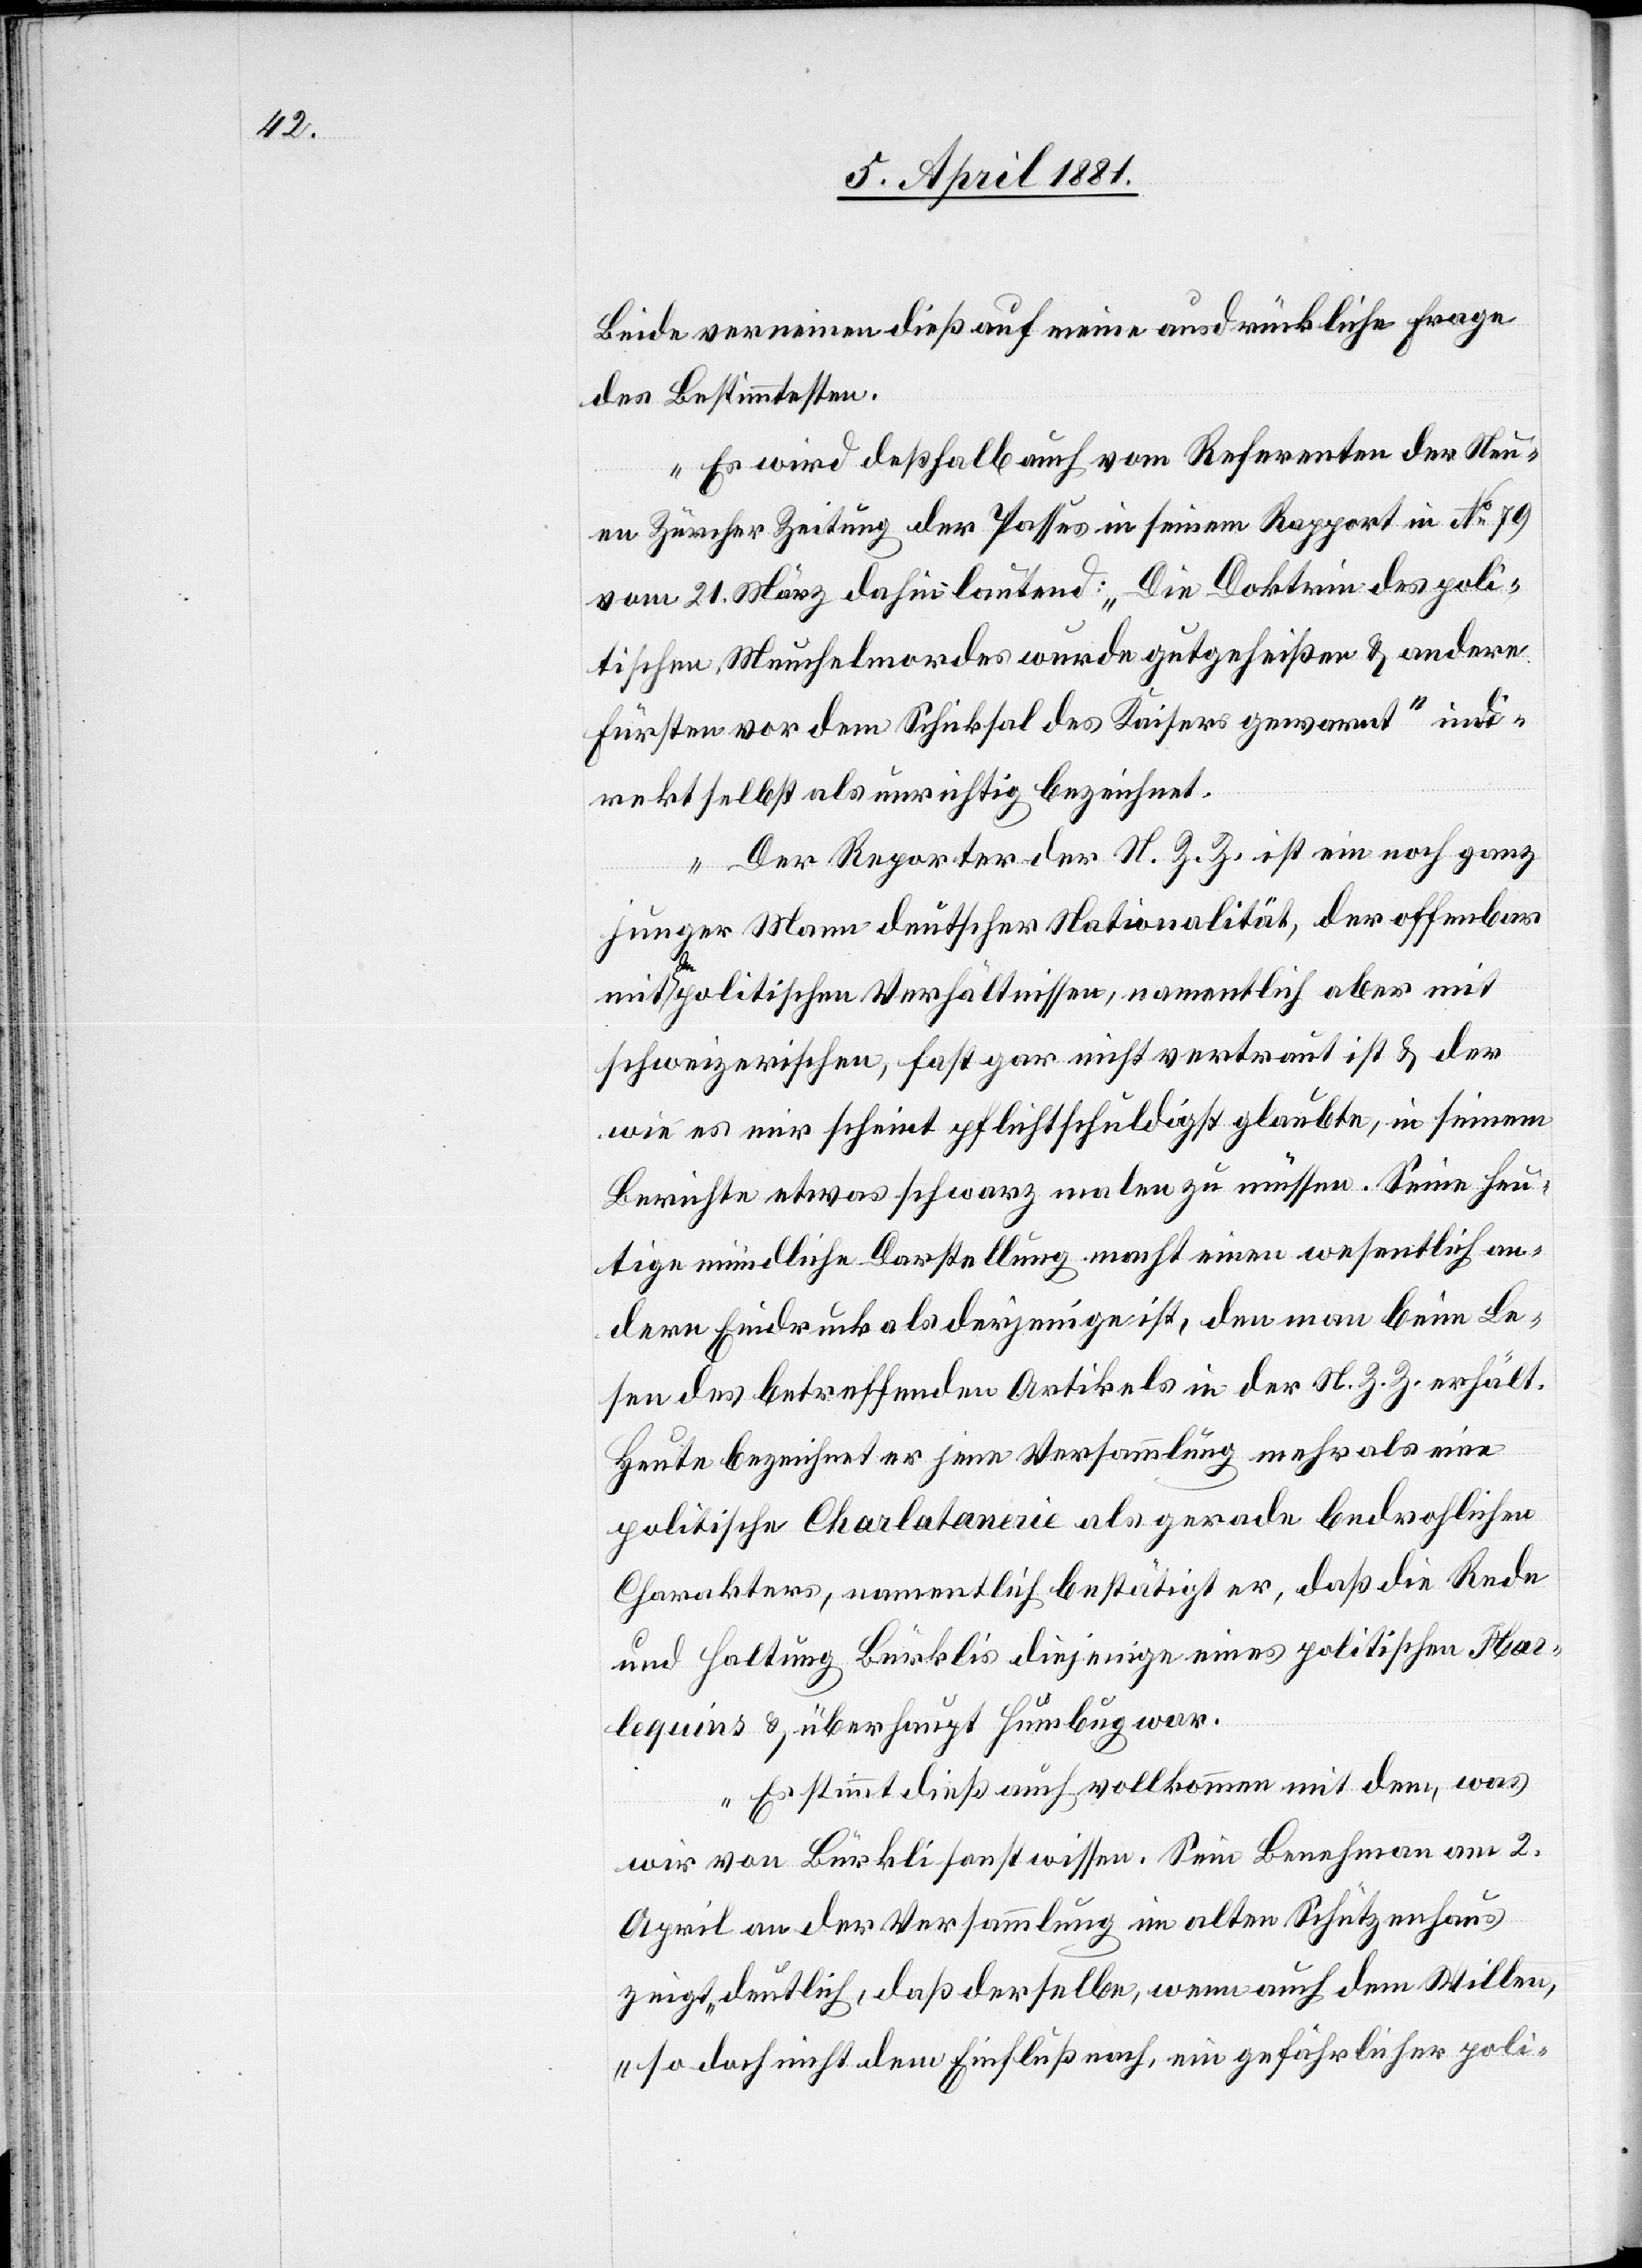
Beide verneinen dieß auf meine ausdrückliche Frage
des Bestimmtesten.
Es wird deßhalb auch vom Referenten der Neu¬
en Zürcher Zeitung der Passus in seinem Rapport in No 79
vom 21. März dahin lautend: „Die Doktrin des poli¬
tischen Meuchelmordes wurde gutgeheißen & andere
Fürsten vor dem Schicksal des Kaisers gewarnt“ indi¬
rekt selbst als unrichtig bezeichnet.
Der Reporter der N. Z. Z. ist ein noch ganz
junger Mann deutscher Nationalität, der offenbar
den politischen Verhältnissen, namentlich aber mit
schweizerischen, fast gar nicht vertraut ist & der
wie es mir scheint pflichtschuldigst glaubte, in seinem
Berichte etwas schwarz malen zu müssen. Seine heu¬
tige mündliche Darstellung macht einen wesentlich an¬
dern Eindruck als derjenige ist, den man beim Le¬
sen des betreffenden Artikels in der N. Z. Z. erhält.
Heute bezeichnet er jene Versammlung mehr als eine
politische Charlatanerie als gerade bedrohlichen
Charakters, namentlich bestätigt er, daß die Rede
und Haltung Bürklis diejenige eines politischen Har¬
lequins & überhaupt Humbug war.
Es stimmt dieß auch vollkommen mit dem, was
wir von Bürkli sonst wissen. Sein Benehmen am 2.
April an der Versammlung im alten Schützenhaus
zeigt „deutlich, daß derselbe, wenn auch dem Willen,
so doch nicht dem Einfluß nach, ein gefährlicher poli-